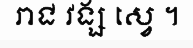
រាជ វង្ស ស្វេ ។